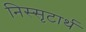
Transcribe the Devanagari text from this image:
निस्सृटार्थ